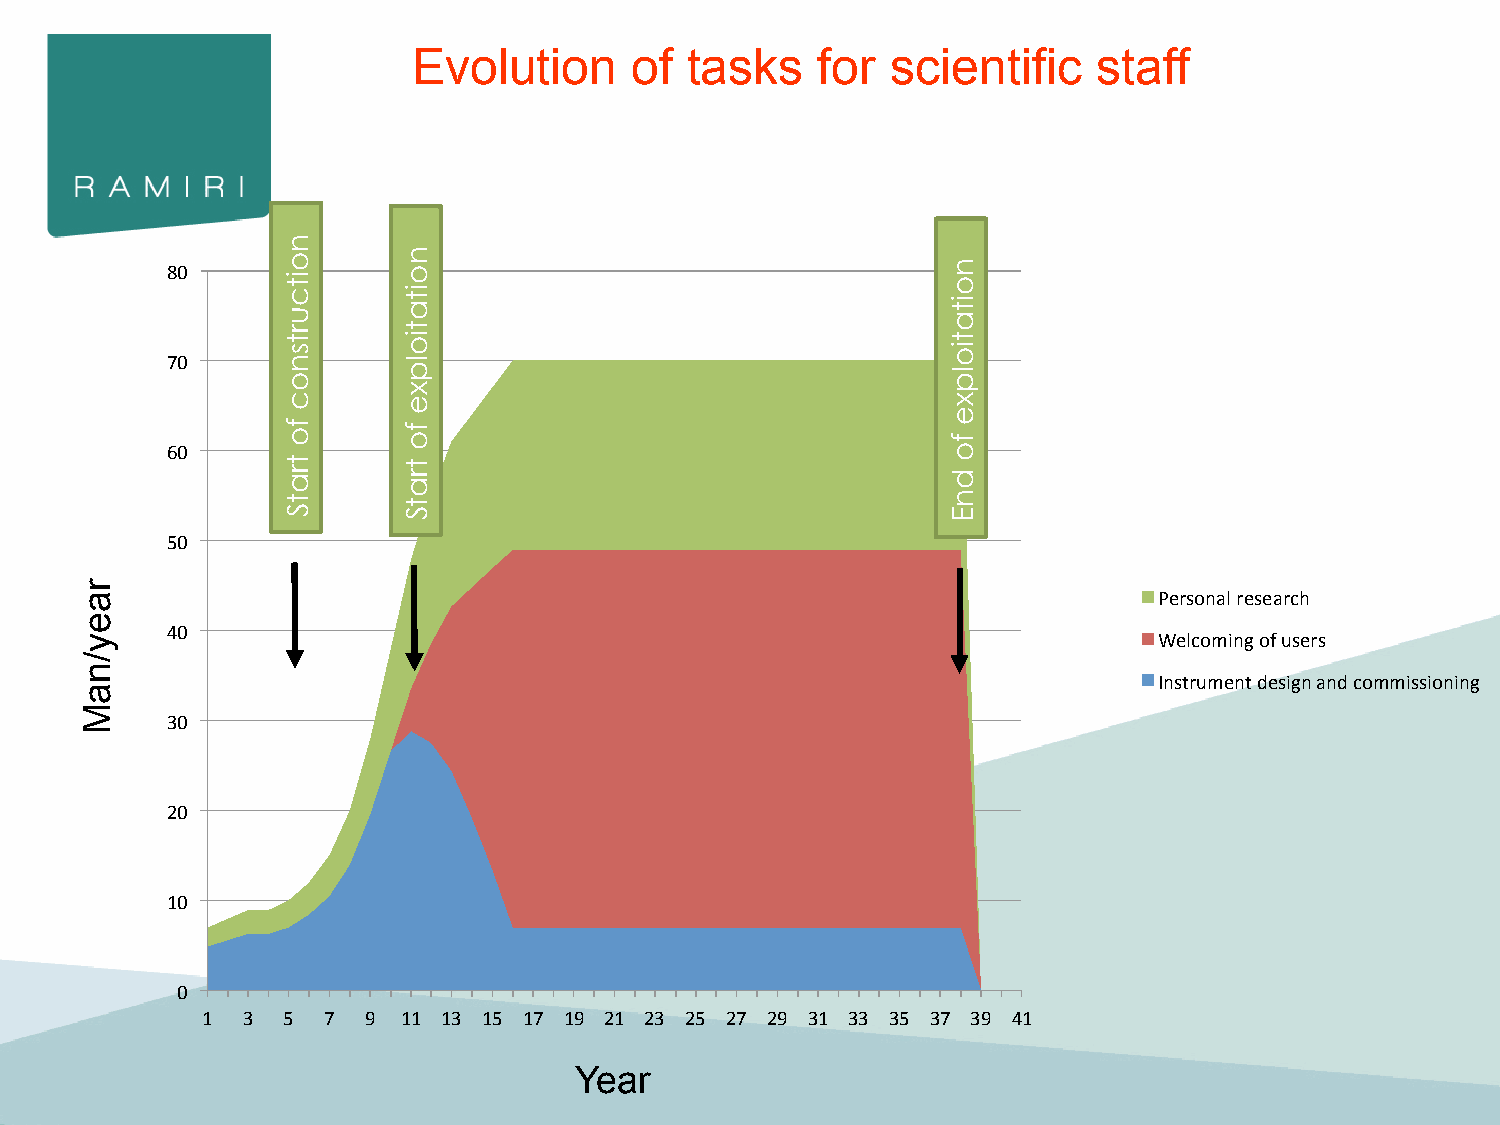
Evolution      of  tasks   for  scientific    staff
 80
 70
 60
 50
 Personal research
 40
 Welcoming of users
 Instrument design and commissioning
 30
 20
 10
 0
 1  3  5 7  9  11 13 15 17 19 21 23 25 27 29 31 33 35 37 39 41
 Year
 raey/naM
 noitcurtsnoc
 fo
 tratS
 noitatiolpxe
 fo
 tratS
 noitatiolpxe
 fo
 dnE